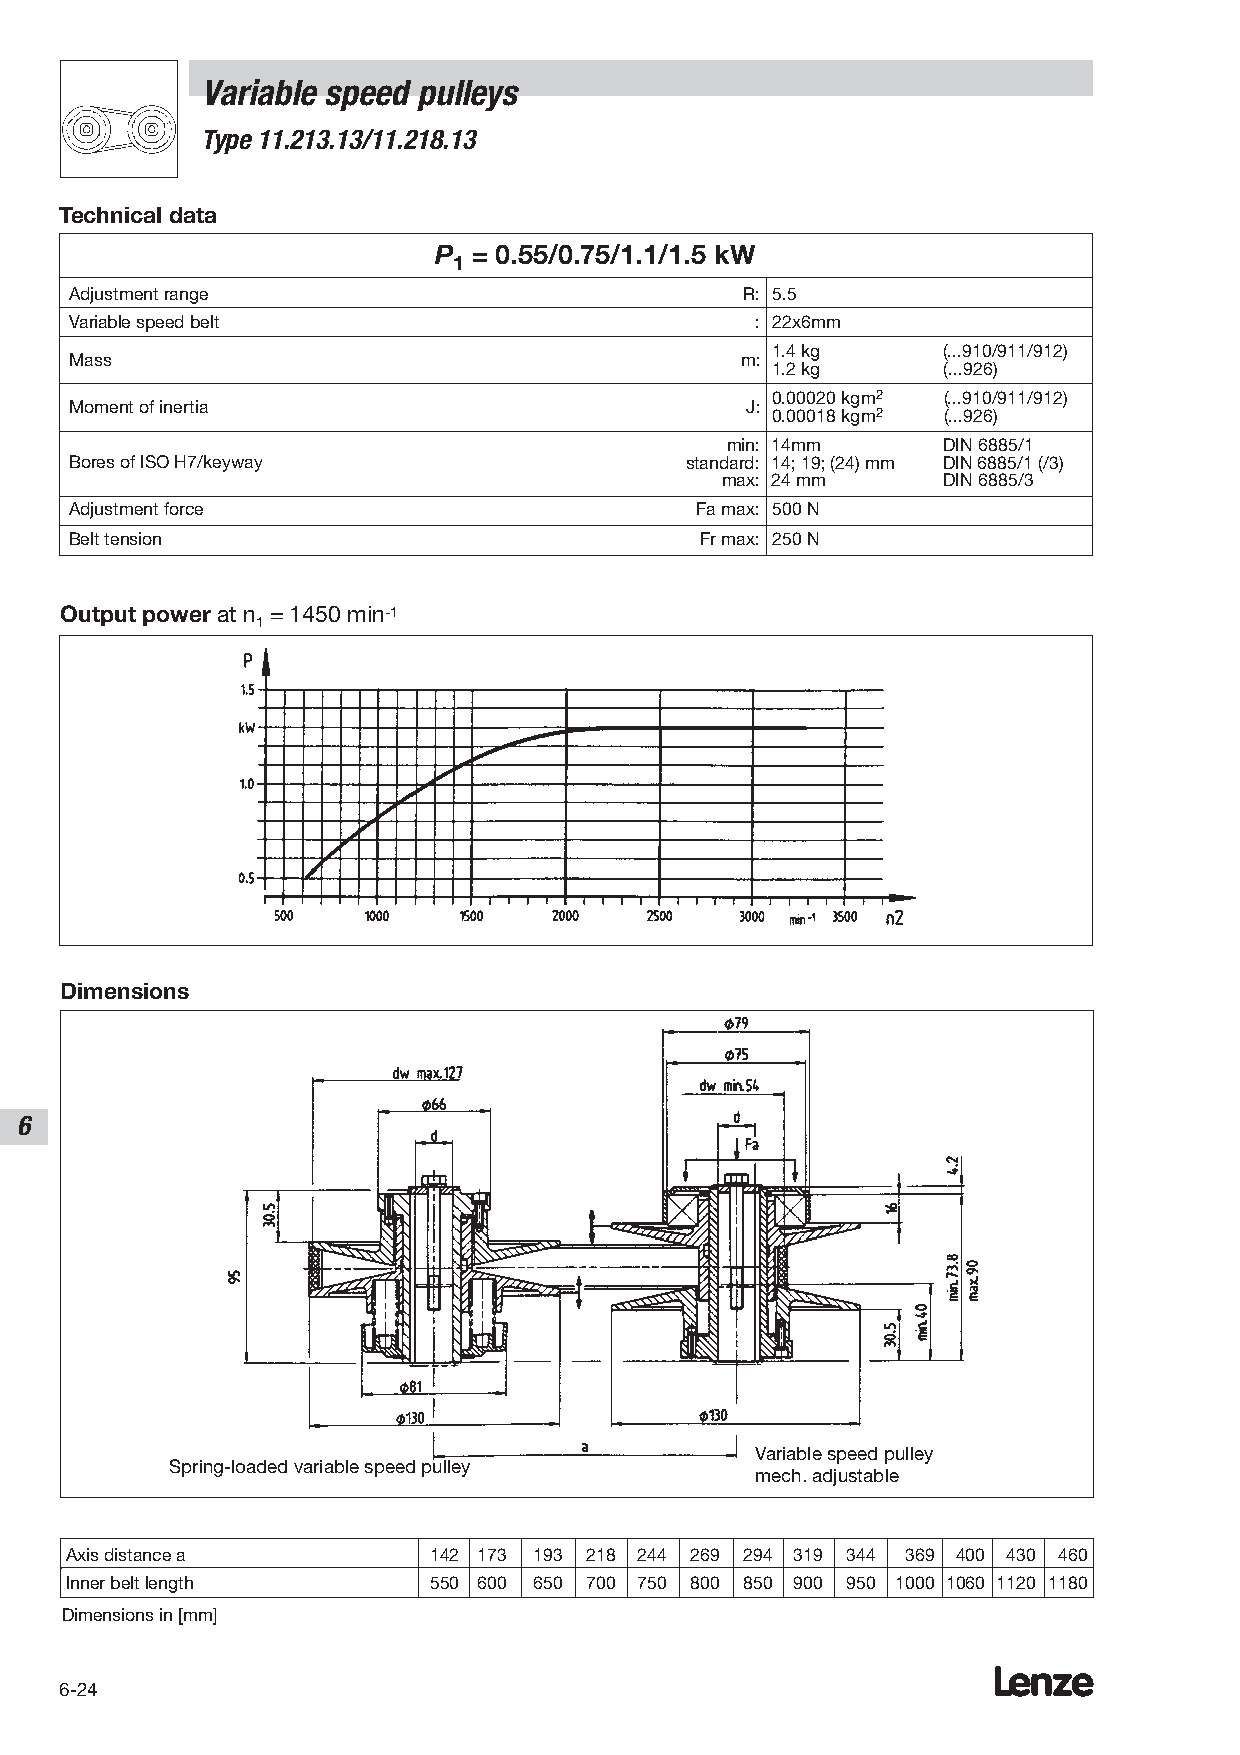
Variable speed pulleys
 Type 11.213.13/11.218.13
 Technical data
 P = 0.55/0.75/1.1/1.5 kW
 1
 Adjustment range                            R: 5.5
 Variable speed belt                          : 22x6mm
 1.4 kg     (...910/911/912)
 Mass                                        m:
 1.2 kg     (...926)
 0.00020 kgm2 (...910/911/912)
 Moment of inertia                           J:
 0.00018 kgm2 (...926)
 min: 14mm     DIN 6885/1
 Bores of ISO H7/keyway                  standard: 14; 19; (24) mm DIN 6885/1 (/3)
 max: 24 mm    DIN 6885/3
 Adjustment force                         Fa max: 500 N
 Belt tension                             Fr max: 250 N
 Output power at n = 1450 min-1
 1
 Dimensions
 6
 Variable speed pulley
 Spring-loaded variable speed pulley
 mech. adjustable
 Axis distance a          142 173 193 218 244 269 294 319 344 369 400 430 460
 Inner belt length        550 600 650 700 750 800 850 900 950 1000 1060 1120 1180
 Dimensions in [mm]
 Lenze
 6-24